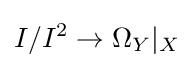
I/I^{2}\to \Omega _{Y}|_{X}